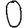
Digit: 0